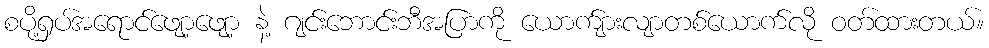
စပို့ရှပ်အရောင်ဖျော့ဖျော့ နဲ့ ဂျင်းဘောင်းဘီအပြာကို ယောက်ျားလျာတစ်ယောက်လို ဝတ်ထားတယ်။